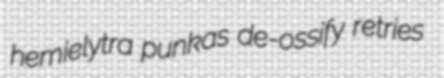
hemielytra punkas de-ossify retries